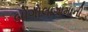
બોગોલાગામાની